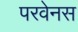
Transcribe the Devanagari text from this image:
परवेनस